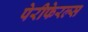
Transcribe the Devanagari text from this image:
पेरीफेरल्स